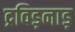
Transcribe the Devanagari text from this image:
द्रविड़नाड़